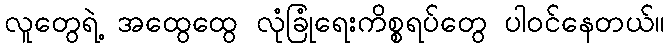
လူတွေရဲ့ အထွေထွေ လုံခြုံရေးကိစ္စရပ်တွေ ပါဝင်နေတယ်။